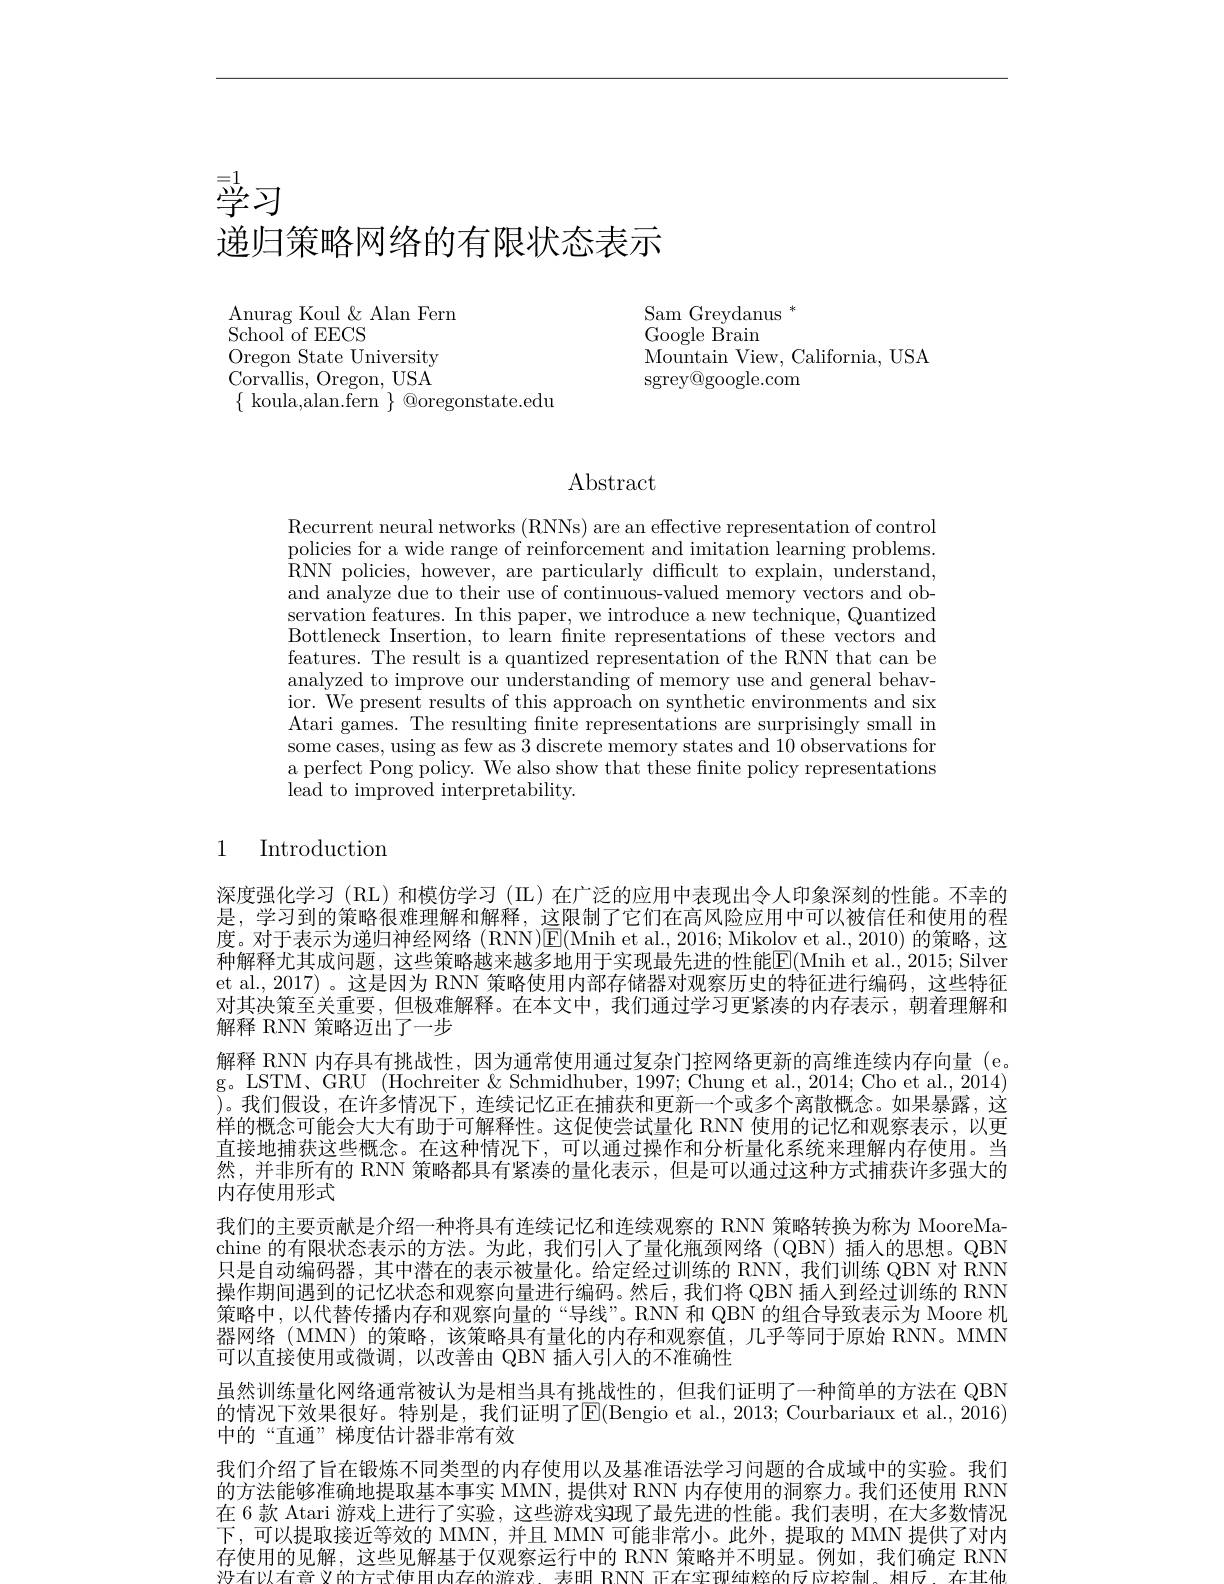
# 学习递归策略网络的有限状态表示

Sam Greydanus $^*$
Google Brain
Mountain View, California, USA
sgrey@google.com

Anurag Koul & Alan Fern
School of EECS
Oregon State University Corvallis, Oregon, USA $\{$ koula,alan.fern $\}$ @oregonstate.edu

## $\operatorname{Abstract}$

Recurrent neural networks (RNNs) are an effective representation of control policies for a wide range of reinforcement and imitation learning problems. RNN policies, however, are particularly difficult to explain, understand, and analyze due to their use of continuous-valued memory vectors and observation features. In this paper, we introduce a new technique, Quantized Bottleneck Insertion, to learn fnite representations of these vectors and features. The result is a quantized representation of the RNN that can be analyzed to improve our understanding of memory use and general behavior. We present results of this approach on synthetic environments and six Atari games. The resulting finite representations are surprisingly small in some cases, using as few as 3 discrete memory states and 10 observations for a perfect Pong policy. We also show that these finite policy representations lead to improved interpretability.

# 1 Introduction

深度强化学习 (RL)和模仿学习 (IL)在广泛的应用中表现出令人印象深刻的性能。不幸的是，学习到的策略很难理解和解释，这限制了它们在高风险应用中可以被信任和使用的程度。对于表示为递归神经网络(RNN)$\overline{\mathrm{E}}($Mnih et al., 2016; Mikolov et al., 2010) 的策略，这种解释尤其成问题，这些策略越来越多地用于实现最先进的性能$\overline{\mathrm{E}}($Mnih et al., 2015; Silver et al., 2017) 。这是因为 RNN 策略使用内部存储器对观察历史的特征进行编码，这些特征对其决策至关重要，但极难解释。在本文中，我们通过学习更紧凑的内存表示，朝着理解和解释 RNN 策略迈出了一步
解释 RNN 内存具有挑战性，因为通常使用通过复杂门控网络更新的高维连续内存向量 (e。g。LSTM、 GRU ( Hochreiter $\&$ Schmidhuber, 1997; Chung et al. , 2014; Cho et al. , 2014) $\bar{\text{)。我们假设，在许多情况下，连续记忆正在捕获和更新一个或多个离散概念。如果暴露，这}}$ 样的概念可能会大大有助于可解释性。这促使尝试量化 RNN 使用的记忆和观察表示，以更直接地捕获这些概念。在这种情况下，可以通过操作和分析量化系统来理解内存使用。当然，并非所有的 RNN 策略都具有紧凑的量化表示，但是可以通过这种方式捕获许多强大的内存使用形式
我们的主要贡献是介绍一种将具有连续记忆和连续观察的 RNN 策略转换为称为 MooreMachine 的有限状态表示的方法。为此，我们引入了量化瓶颈网络(QBN)插人的思想。QBN 只是自动编码器，其中潜在的表示被量化。给定经过训练的 RNN, 我们训练 QBN 对 RNN 操作期间遇到的记忆状态和观察向量进行编码。然后，我们将 QBN 插人到经过训练的 RNN 策略中，以代替传播内存和观察向量的“导线”。RNN 和 QBN 的组合导致表示为 Moore 机器网络(MMN)的策略，该策略具有量化的内存和观察值，几乎等同于原始 RNN。MMN 可以直接使用或微调，以改善由 QBN 插人引人的不准确性
虽然训练量化网络通常被认为是相当具有挑战性的，但我们证明了一种简单的方法在 QBN 的情况下效果很好。特别是，我们证明了$\operatorname{E}($Bengio et al., 2013; Courbariaux et al., 2016) 中的“直通”梯度估计器非常有效
我们介绍了旨在锻炼不同类型的内存使用以及基准语法学习问题的合成域中的实验。我们的方法能够准确地提取基本事实 MMN, 提供对 RNN 内存使用的洞察力。我们还使用 RNN 在 6 款 Atari 游戏上进行了实验，这些游戏实现了最先进的性能。我们表明，在大多数情况下，可以提取接近等效的 MMN,并且 MMN 可能非常小。此外，提取的 MMN 提供了对内存使用的见解，这些见解基于仅观察运行中的 RNN 策略并不明显。例如，我们确定 RNN 没有以有音义的方式使用内存的游戏 寿明 RNN 正在实和纯粹的反应控制 相反 在其他